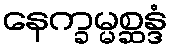
နေက္ခမ္မစ္ဆန္ဒံ